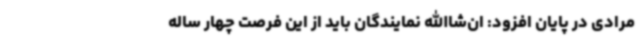
مرادی در پایان افزود: ان‌شاالله نمایندگان باید از این فرصت چهار ساله